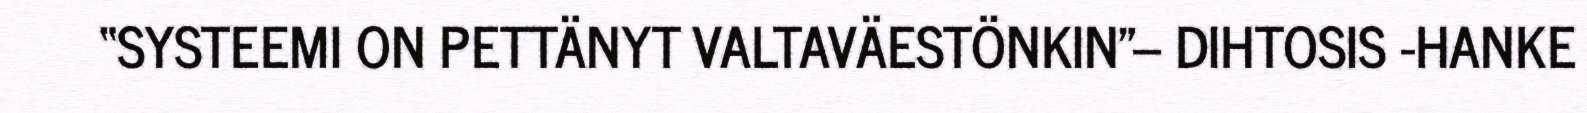
“SYSTEEMI ON PETTÄNYT VALTAVÄESTÖNKIN"– DIHTOSIS -HANKE